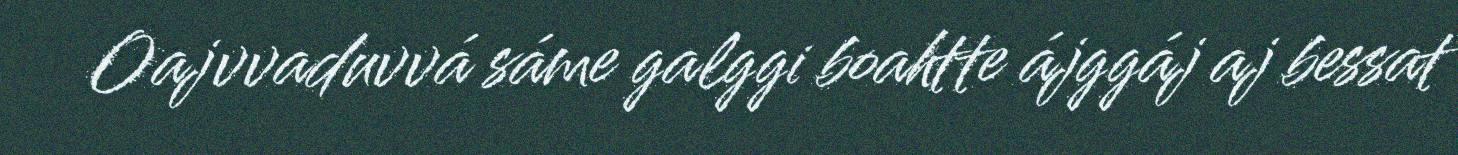
Oajvvaduvvá sáme galggi boahtte ájggáj aj bessat